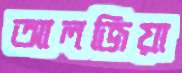
আলজিয়া